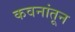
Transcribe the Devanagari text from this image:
कवनांतून